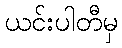
ယင်းပါတီမှ